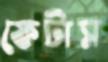
ফেটাস